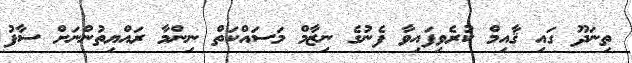
ތިނަދޫ ގައި ޤާއިމް ކުރެވިފައިވާ ފެނުގެ ނިޒާމް މަސައްކަތް ނިންމާ ރައްޔިތުންނަށް ސާފު